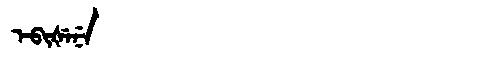
Manchu: ᡝᠪᡳᡧᡝᠨᡝ
Romanization: EBIŠENE